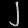
Digit: ၂